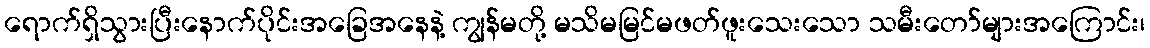
ရောက်ရှိသွားပြီးနောက်ပိုင်းအခြေအနေနဲ့ ကျွန်မတို့ မသိမမြင်မဖတ်ဖူးသေးသော သမီးတော်များအကြောင်း၊